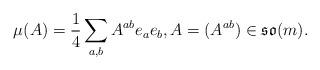
LaTeX: \begin{align*}\mu(A)= \frac{1}{4}\sum_{a,b} A^{a b} e_a e_b,A = (A^{ab})\in \mathfrak{so}(m). \end{align*}